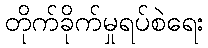
တိုက်ခိုက်မှုရပ်စဲရေး